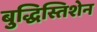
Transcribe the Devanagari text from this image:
बुद्धिस्तिशेन